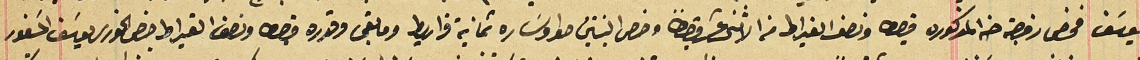
يوسَف فخص زوجته حنا المذكوره قيراط ونصف القيراط من الاثنى عشر قيراطاً وخص البنتين حوا وسَاره ثمانية قراريط وما بقى وقدره قيراط ونصف القيراط خص الخورى يوسَف المسَفور